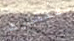
تتشارك